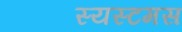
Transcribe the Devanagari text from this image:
स्यस्टमस